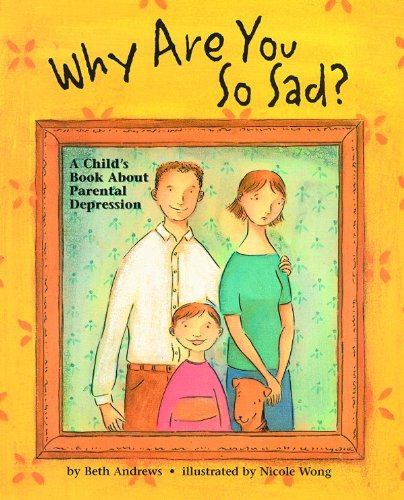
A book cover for Why Are You So Sad: A Child's Book about Parental Depression; Beth Andrews; Parenting & Relationships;